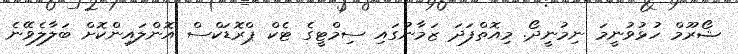
ޝޯރޫމް ހުޅުވުނީމަ ނިމުނީދޯ. މިއޮތްފަދަ ޒަމާނުގައި ސިމްޓީގެ ޓެކް ޕްރޮޑަކްސް އޮންލައިންކޮށް ބަލާލެވޭނެ